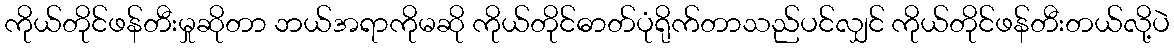
ကိုယ်တိုင်ဖန်တီးမှုဆိုတာ ဘယ်အရာကိုမဆို ကိုယ်တိုင်ဓာတ်ပုံရိုက်တာသည်ပင်လျှင် ကိုယ်တိုင်ဖန်တီးတယ်လို့ပဲ